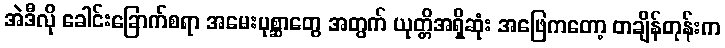
အဲဒီလို ခေါင်းခြောက်စရာ အမေးပုစ္ဆာတွေ အတွက် ယုတ္တိအရှိဆုံး အဖြေကတော့ တချိန်တုန်းက